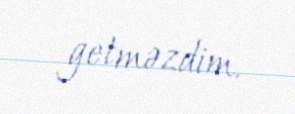
getməzdim.